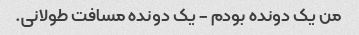
من یک دونده بودم - یک دونده مسافت طولانی.